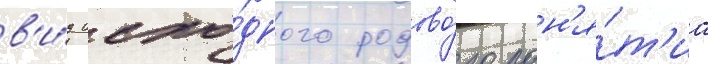
в'и́д исхо́дного родово́го пон'я́т'иа